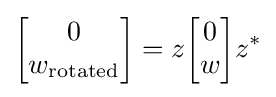
{\begin{bmatrix}0\\w_{\text{rotated}}\end{bmatrix}}=z{\begin{bmatrix}0\\w\end{bmatrix}}z^{*}